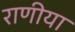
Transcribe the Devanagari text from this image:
राणीया